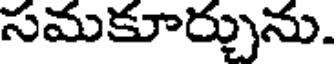
సమకూర్చును.